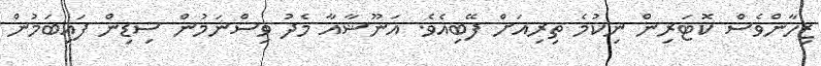
ޒިހާންވެސް ކޮޓަރިން ނިކުމެ ތިރިއަށް ފޭބިއެވެ. އަނޫޝާއާ މެދު ވިސްނަމުން ސިޑިން ފައިބަމުން